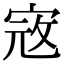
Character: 𡨥